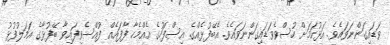
ވަޑައިގަންނަވައެވެ. އަޅުކަމަށް ހުސްވެވަޑައިގަންނަވައެވެ. އެބޭފުޅެއްގެ އިސްފަހުގެ އެއްމެހާ ފާފައެއް ފުއްސެވިފައިވާ ބޭފުޅާގެ އަމަލުފުޅު